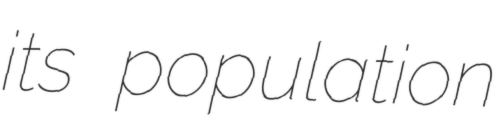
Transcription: its population